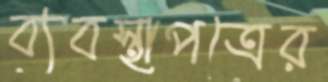
ব্যবস্থাপত্রের